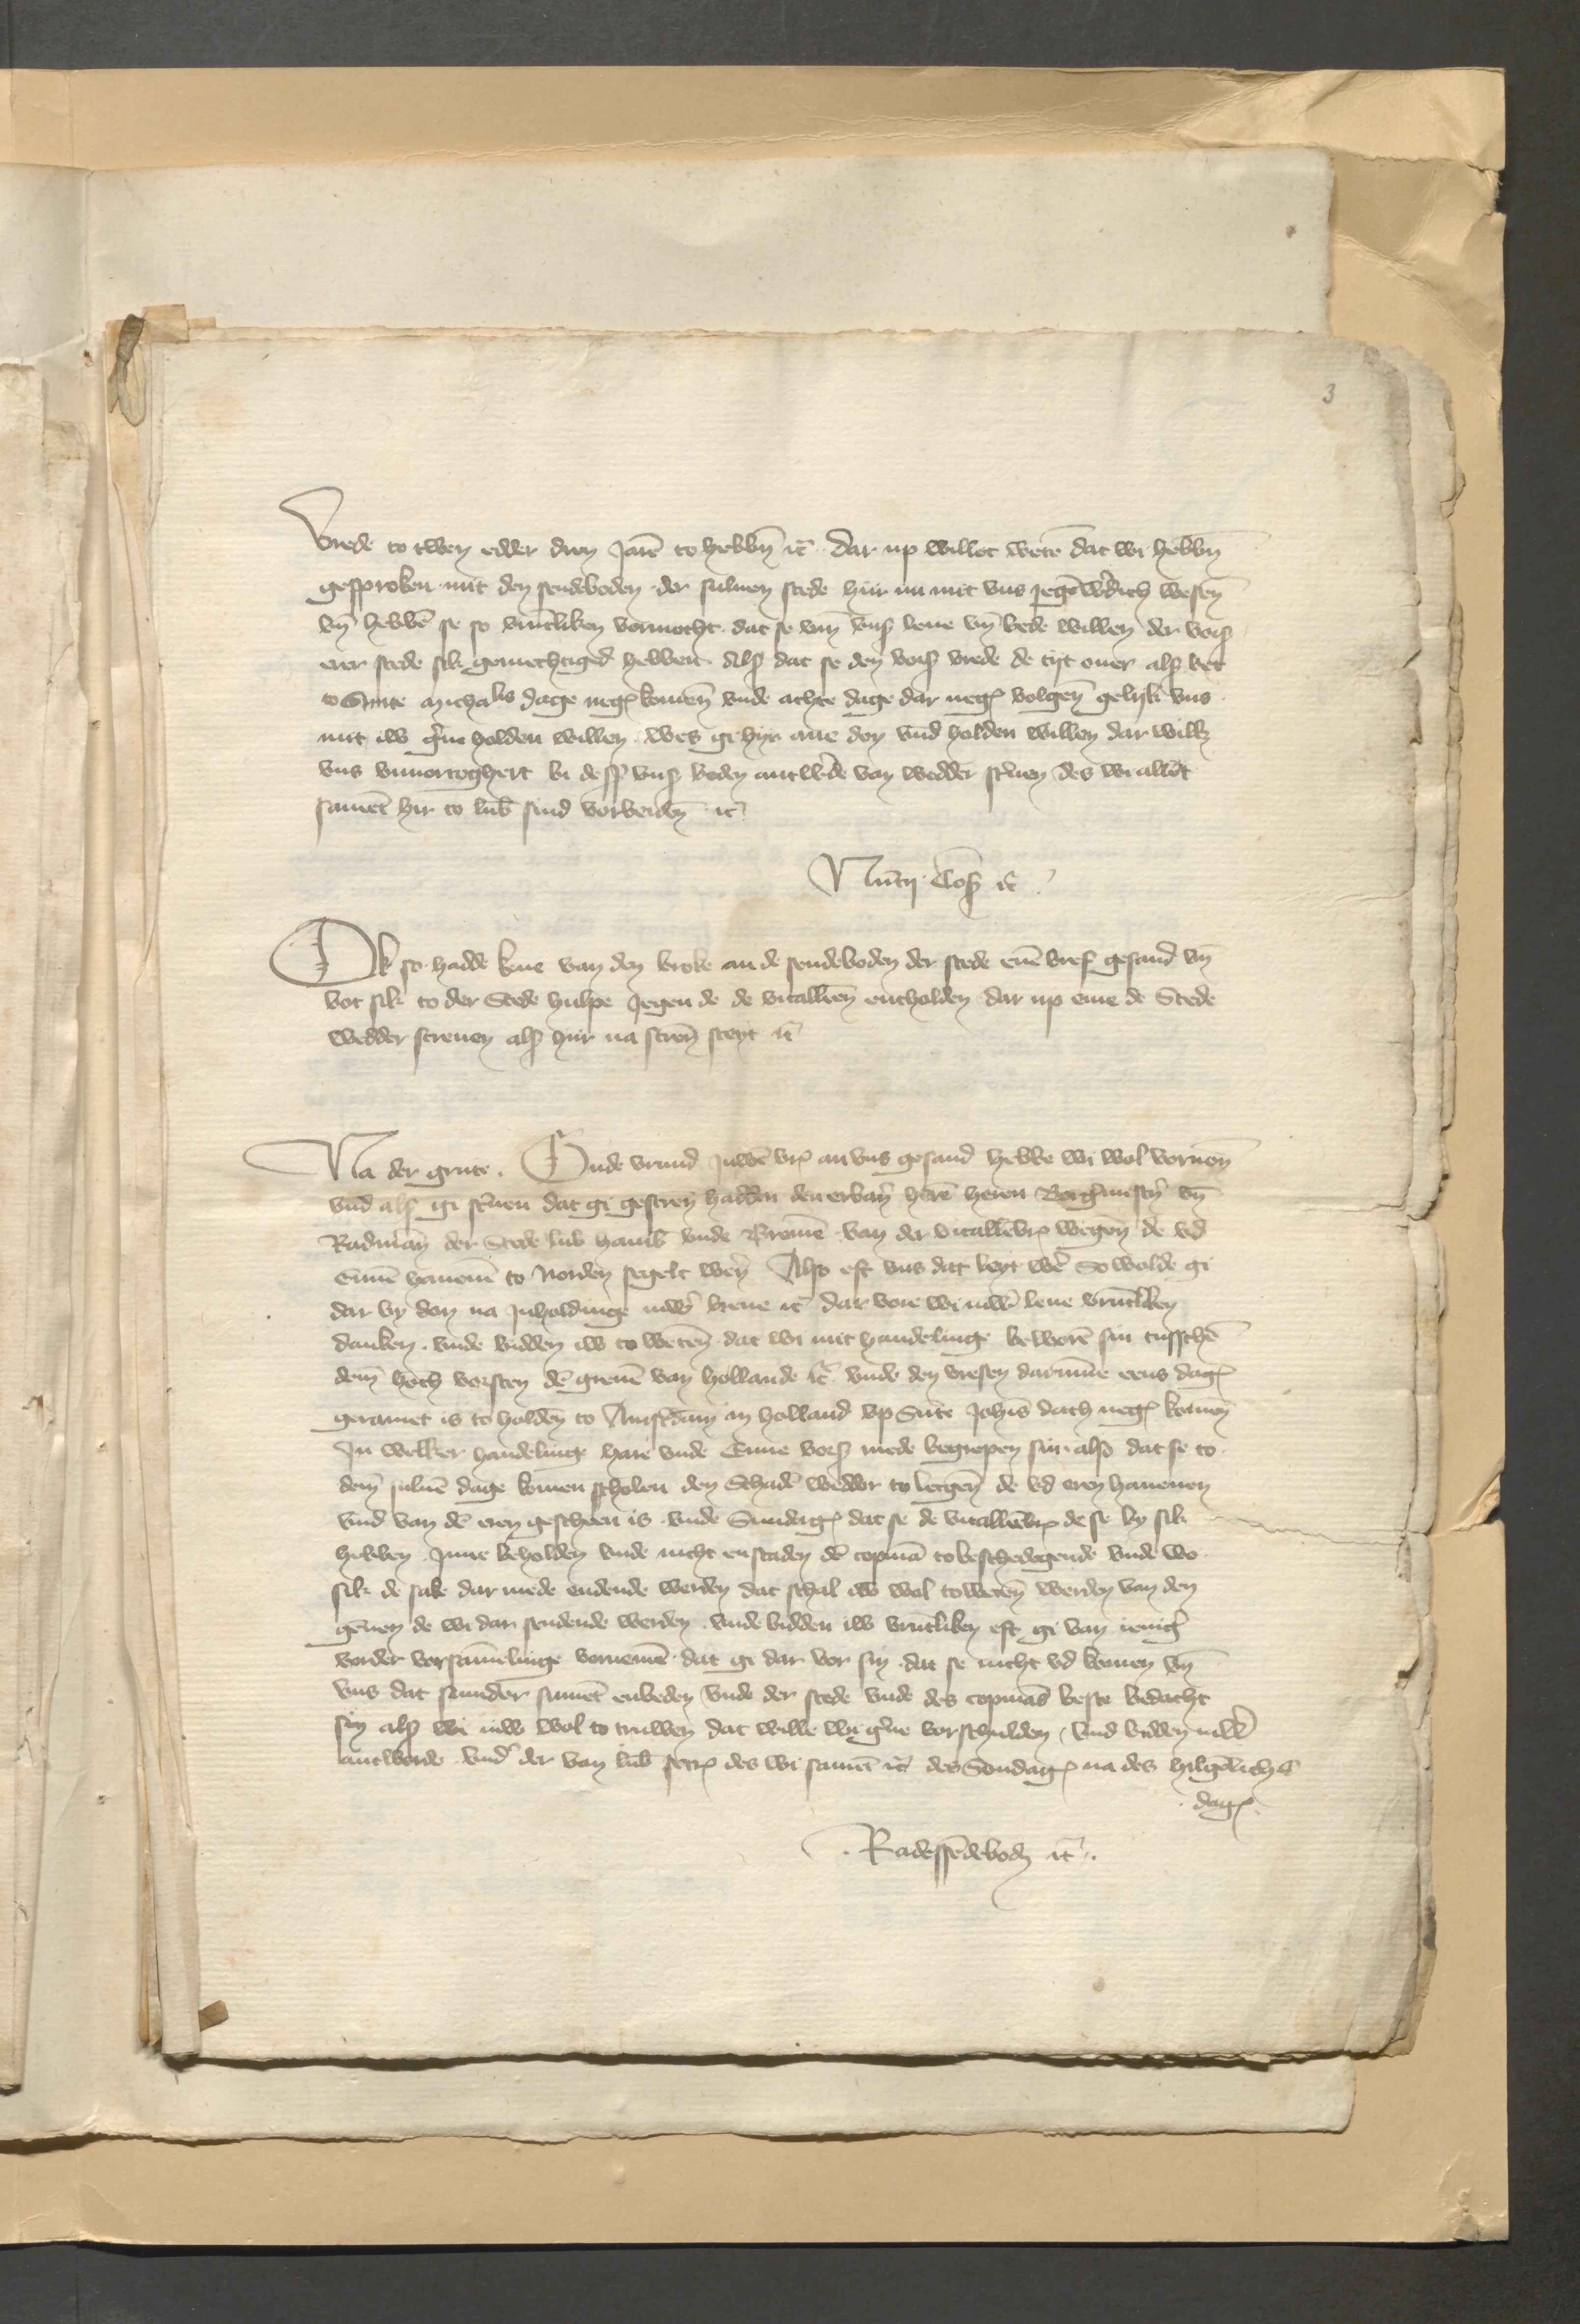
vrede to twen edder drin Jaren to hebben etcetera dar up willet weren dat wi hebben
gesproken mit den sendeboden der suluen stede hir na mit vns Jegenwordich westen
vnd hebben se so vruntliken vormocht, dat se vmme vns leue vnd bede willen der vorscreuen
erer stede sik gemechtiged hebben als dat se den vorscreuen vrede de tyt ouer als bet
to Sunte michalis dage negen kommen vnde achte dage dar negest volgenen gelyk vns
mitt, iw gerne holden willen, wes ge hyr ane don vnd holden willen dar willen
vns vnuortoghert by dessen vnsen beden antworde van wedder scriuen des we allet
sament hir to Lubeke sind vorbeiden etcetera
Nu Cop ver

Ok so hadde kene van den broke an de sendeboden der stede enen bref gesand vnd
bot sik to der Stede hulpe Jegen de de vitallien entholden dar up eme de Stede
wedder screuen als hiir na screuen steyt etcetera

Na der grute. Gude vrund Juwen vp brev an vns gesand hebbe wi wol vornomen
vnd als gi screuen dat gi gescreuen hadden den erbaren heren heren Borgermestern vnd
Radman der Stede Lubek Hamburg vnde Bremen, van der vitallienbruder wegen de vd
Emen bynnen to Norden segelt weren Also eft vns dat leyt wer So wolde gi
dar by den na Jnholdinge iuwe breue etcetera dar vore wi iuwen leue vruntliken
danken vnde bidden iw to wetenen, dat wi mit handelinge beweren sin tusschen
deme hoch vorsten den greuen van Hollande etcetera vnde den vresen darumme eens dagen
geramet is to holden to Amsterdam in Holland vp Sunte Johanis dach negest komen
Jn welker handelinge hare vnde Enne vorscreuen mede begrepen sin also dat se to
dem suluen dage komen scholen den Schaden wedder to lecgeren de vd eren hauenen
vnd van den eren gescheen is vnde Sundiges dat se de vuallen de se by sik
hebben Jnne beholden vnde nicht enstaden den copman to beschedigende vnde wo
sik de sake dar mede endende werden dat schal es wol toweren werden van den
gennen de wi dan sendende werden vnde bidden iw vruntliken eft gi van ieniger
vorder vorsammelinge vornemen dat gi dar vor sin dat se nicht vd komen vnd
vns dat sunder sinnent enbeden vnde der stede vnde des Copmans beste bedacht
sin als wie de wol to truwen dat wille wi gerne vorschulden, vnd bidden iuwe
antwerde, vnd der van Lubeke screuen des wi sament etctetera des Sondages na des hilgenliche
dages
Radessendeboden etctera